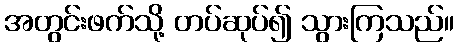
အတွင်းဖက်သို့ တပ်ဆုပ်၍ သွားကြသည်။